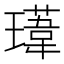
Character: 𭺁